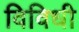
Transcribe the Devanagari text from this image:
विविधी